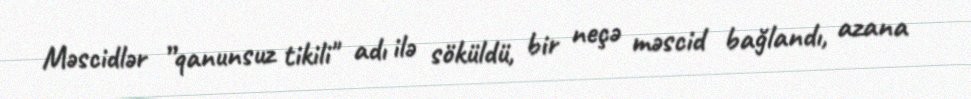
Məscidlər ”qanunsuz tikili" adı ilə söküldü, bir neçə məscid bağlandı, azana